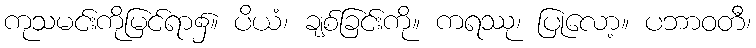
ကုသမင်းကိုမြင်ရာ၌။ ပိယံ၊ ချစ်ခြင်းကို။ ကရဿု၊ ပြုလော့။ ပဘာဝတီ၊